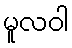
မူလဝါ